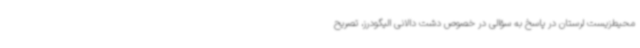
محیط‌زیست لرستان در پاسخ به سؤالی در خصوص دشت دالانی الیگودرز، تصریح